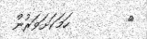
٤        ހަމަކަށަވަރުން